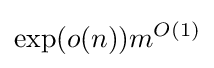
\exp(o(n))m^{O(1)}